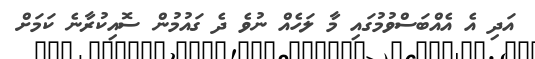
އަދި އެ އެއްބަސްވުމުގައި މާ ލަހެއް ނުވެ ދެ ގައުމުން ސޮއިކުރާނެ ކަމަށް